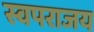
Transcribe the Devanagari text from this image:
स्वपराजय